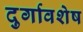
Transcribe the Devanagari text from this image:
दुर्गावशेष